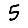
Digit: 5